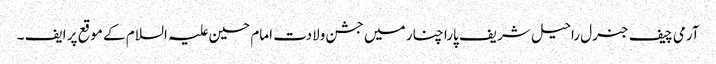
آرمی چیف جنرل راحیل شریف پارا چنار میں جشن ولادت امام حسین علیہ السلام کے موقع پر ایف ۔